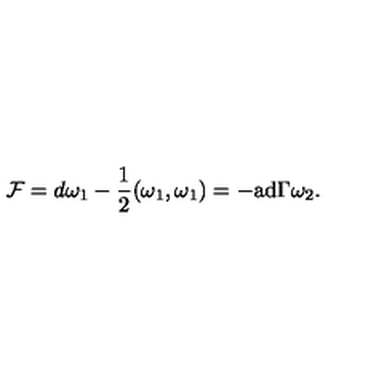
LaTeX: { \cal F } = d \omega _ { 1 } - { \frac { 1 } { 2 } } ( \omega _ { 1 } , \omega _ { 1 } ) = - \mathrm { a d } \Gamma \omega _ { 2 } .